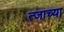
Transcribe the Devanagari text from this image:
त्जाच्या